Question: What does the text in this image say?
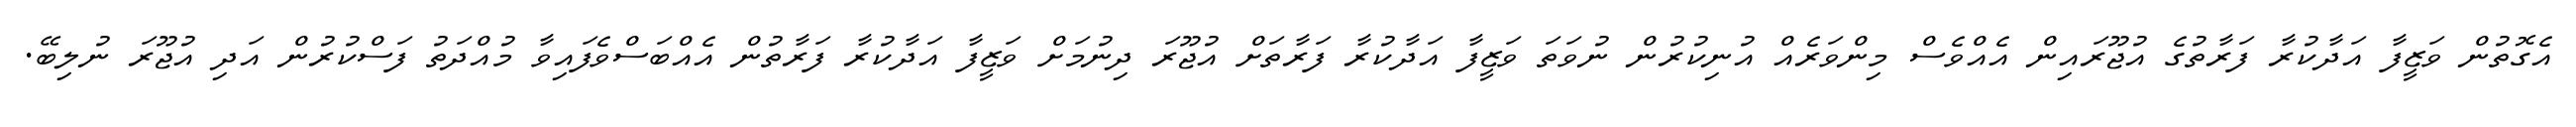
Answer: އެގޮތުން ވަޒީފާ އަދާކުރާ ފަރާތުގެ އުޖޫރައިން އެއްވެސް މިންވަރެއް އުނިކުރުން ނުވަތަ ވަޒީފާ އަދާކުރާ ފަރާތަށް އުޖޫރަ ދިނުމަށް ވަޒީފާ އަދާކުރާ ފަރާތުން އެއްބަސްވެފައިވާ މުއްދަތު ފަސްކުރުން އަދި އުޖޫރަ ނުލިބޭ.